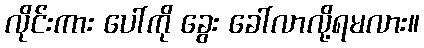
လိုင်းကား ပေါ်ကို ခွေး ခေါ်လာလို့ရမလား။